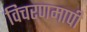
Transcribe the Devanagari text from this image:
विचरणमापी